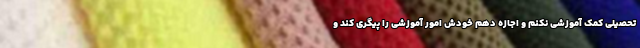
تحصیلی کمک آموزشی نکنم و اجازه دهم خودش امور آموزشی را پیگری کند و